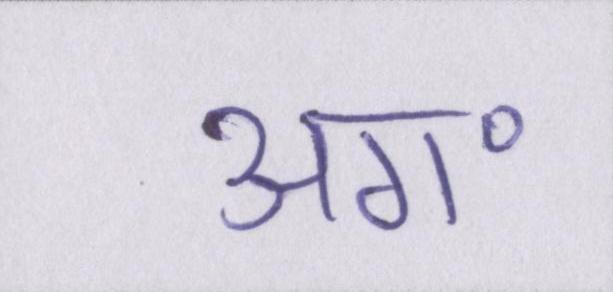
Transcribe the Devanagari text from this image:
अग॰